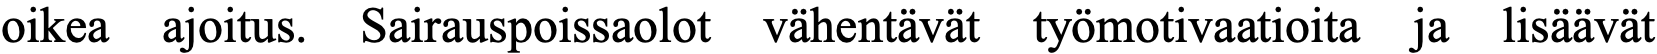
oikea ajoitus. Sairauspoissaolot vähentävät työmotivaatioita ja lisäävät